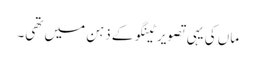
ماں کی یہی تصویر ٹینگو کے ذہن میں تھی۔